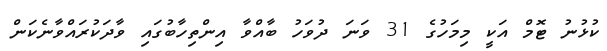
ކުޅުނު ޓޮމް އަކީ މިމަހުގެ 31 ވަނަ ދުވަހު ބާއްވާ އިންތިހާބުގައި ވާދަކުރައްވާނެކަން